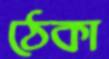
ঠেকা